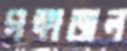
গঙ্গাজল